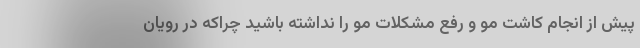
پیش از انجام کاشت مو و رفع مشکلات مو را نداشته باشید چراکه در رویان